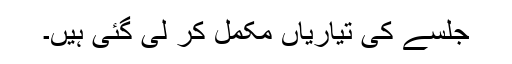
جلسے کی تیاریاں مکمل کر لی گئی ہیں۔